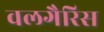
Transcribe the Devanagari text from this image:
वलगैरिस